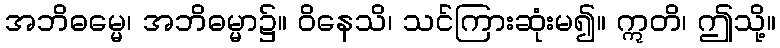
အဘိဓမ္မေ၊ အဘိဓမ္မာ၌။ ဝိနေသိ၊ သင်ကြားဆုံးမ၍။ ဣတိ၊ ဤသို့။